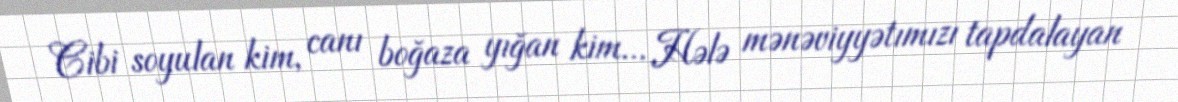
Cibi soyulan kim, canı boğaza yığan kim... Hələ mənəviyyətımızı tapdalayan